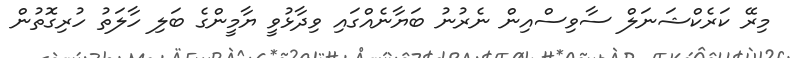
މިރޭ ކަރެކްޝަނަލް ސާވިސްއިން ނެރުނު ބަޔާނެއްގައި ވިދާޅުވީ ޔާމީންގެ ބަލި ހާލަތު ހުރިގޮތުން